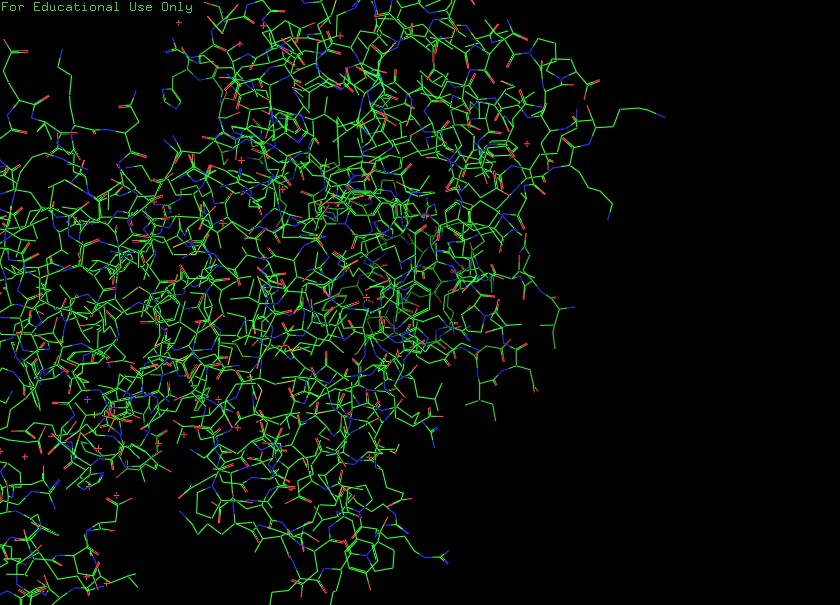
pymol, preset, default